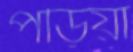
পড়িয়া